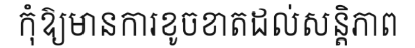
កុំឱ្យមានការខូចខាតដល់សន្តិភាព